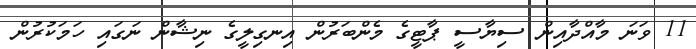
11 ވަނަ މާއްދާއިން ސިޔާސީ ޕާޓީގެ މެންބަރުން އިނގިލީގެ ނިޝާން ނަގައި ހަމަކުރުން